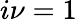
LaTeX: i\nu=1